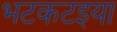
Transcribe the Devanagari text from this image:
भटकटइया